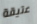
عتيقة